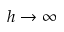
h \to \infty